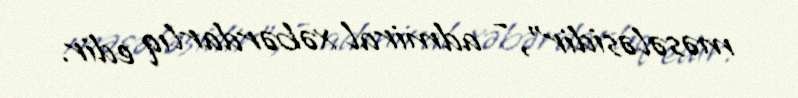
məsələsidir”, - admiral xəbərdarlıq edir.